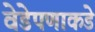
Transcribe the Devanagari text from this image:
वेडेपणाकडे